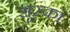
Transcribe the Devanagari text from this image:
सूस्का